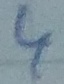
Text: 4